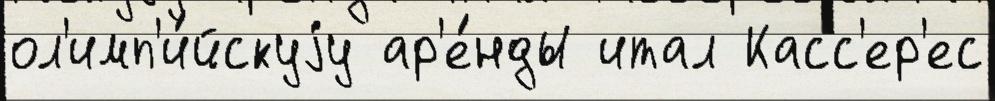
ол'имп'и́йскуjу ар'е́нды итал Касс'ер'ес